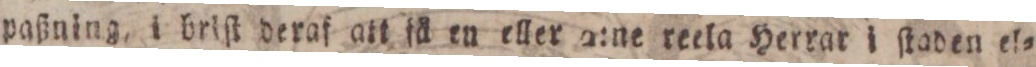
paßning, i briſt deraf att få en eller 2:ne reela Herrar i ſtaden el=